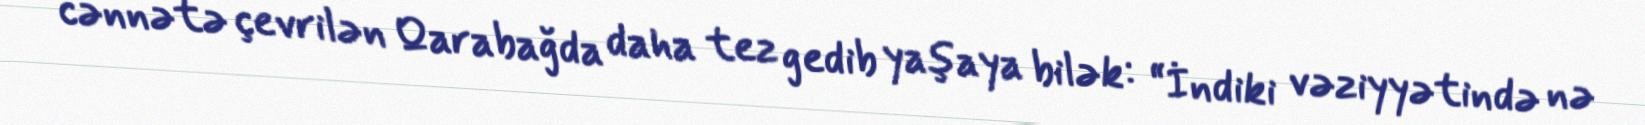
cənnətə çevrilən Qarabağda daha tez gedib yaşaya bilək: “İndiki vəziyyətində nə